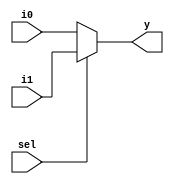

module good_mux (input i0 , input i1 , input sel , output reg y);
always @ (*)
begin
	if(sel)
		y <= i1;
	else 
		y <= i0;
end
endmodule